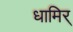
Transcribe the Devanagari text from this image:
धामिर्